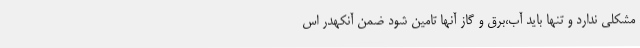
مشکلی ندارد و تنها باید آب،برق و گاز آنها تامین شود ضمن آنکهدر اس